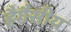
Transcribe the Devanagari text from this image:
हैगैसीय